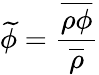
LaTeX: {\widetilde{\phi}}=\frac{\overline{{\rho\phi}}}{\overline{{\rho}}}